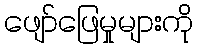
ဖျော်ဖြေမှုများကို